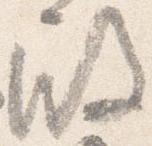
殿